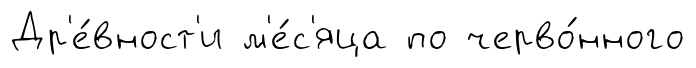
Др'е́вност'и м'е́с'яца по черво́нного